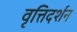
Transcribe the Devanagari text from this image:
वृत्तिदर्शन